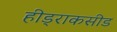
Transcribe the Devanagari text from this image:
हीड्राकसीड